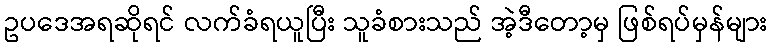
ဥပဒေအရဆိုရင် လက်ခံရယူပြီး သူခံစားသည် အဲ့ဒီတော့မှ ဖြစ်ရပ်မှန်များ